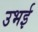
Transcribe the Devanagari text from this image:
उभई